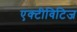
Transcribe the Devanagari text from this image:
एक्टीविटिज